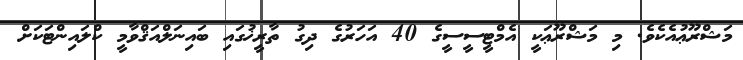
މަޝްރޫޢުއެކެވެ. މި މަޝްރޫޢަކީ އެމްޓީސީސީގެ 40 އަހަރުގެ ދިގު ތާރީޚުގައި ބައިނަލްއަޤްވާމީ ކްލައިންޓަކަށް